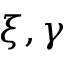
\xi , \gamma